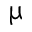
\upmu